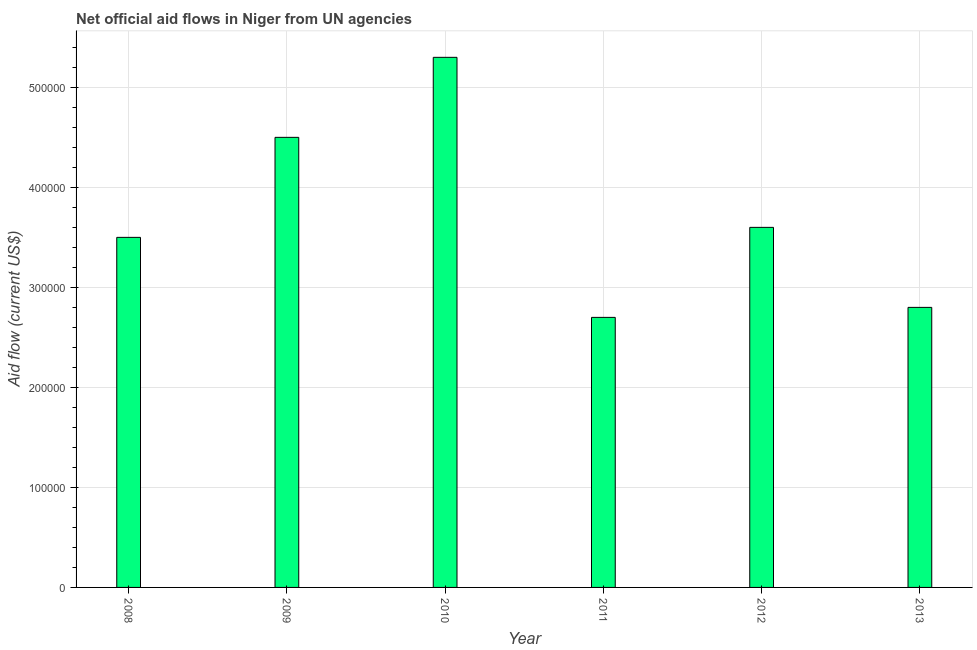
| Year | Net official flows from UN agencies |
 | --- | --- |
 | 2008 | 3.5e+05 |
 | 2009 | 4.5e+05 |
 | 2010 | 5.3e+05 |
 | 2011 | 2.7e+05 |
 | 2012 | 3.6e+05 |
 | 2013 | 2.8e+05 |